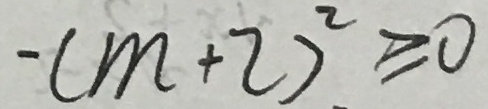
- ( m + 2 ) ^ { 2 } \geq 0